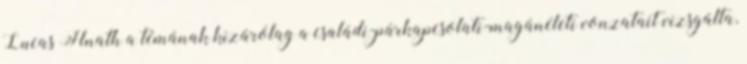
Lucas Hnath a témának kizárólag a családi-párkapcsolati-magánéleti vonzatait vizsgálta,